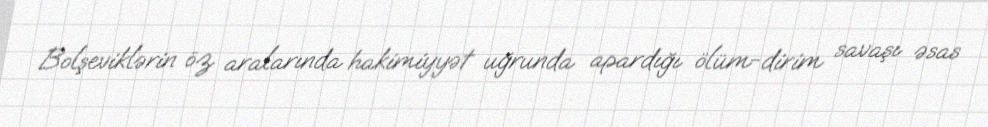
Bolşeviklərin öz aralarında hakimiyyət uğrunda apardığı ölüm-dirim savaşı əsas